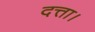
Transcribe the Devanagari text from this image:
दत्ता।